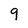
Character: q